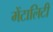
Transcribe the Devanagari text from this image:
मेंटालिटी